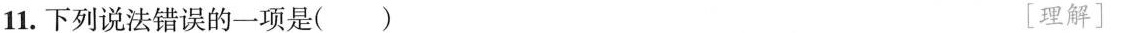
11.下列说法错误的一项是() [理解]